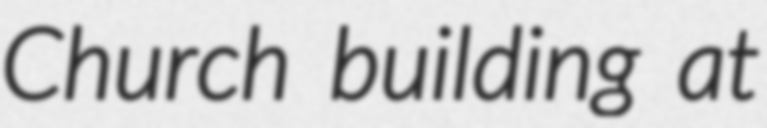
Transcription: Church building at